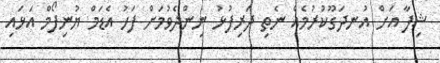
ޝިފާ އަށް އުނދަގޫކުރުމެއް ނެތި ދަރިފުޅު ނިންދެވުމަށް ފަހު އެޑަމް ޔުނިފޯމް އަޅައި